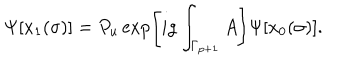
\Psi [ x _ { 1 } ( \sigma ) ] = P _ { u } \exp \left[ i g \int _ { \Gamma _ { p + 1 } } A \right] \Psi [ x _ { 0 } ( \sigma ) ] .